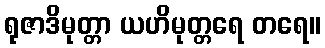
ရုဇာဒိမုတ္တာ ယဟိမုတ္တရေ တရေ။